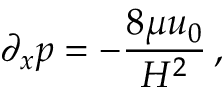
\partial _ { x } p = - { \frac { 8 \mu u _ { 0 } } { H ^ { 2 } } } \, ,